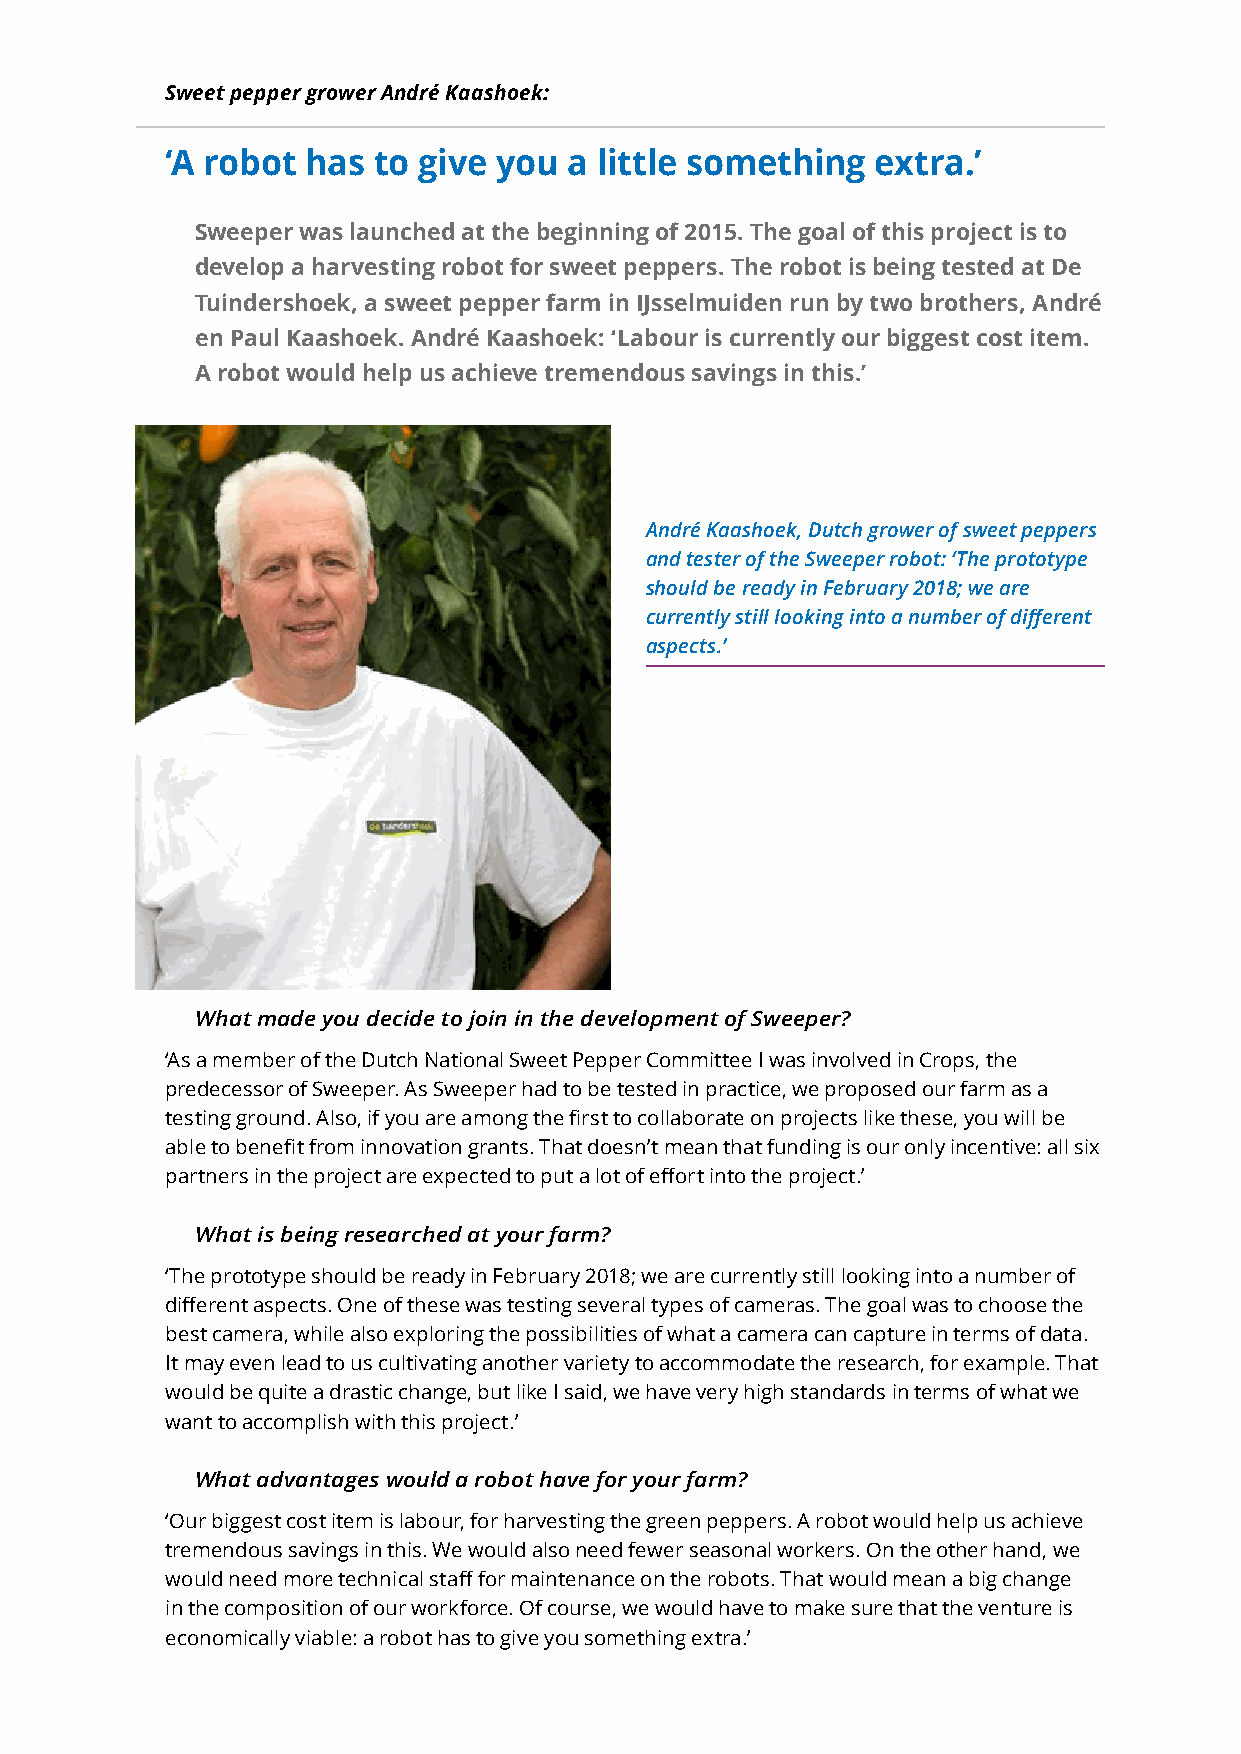
Sweet pepper grower André Kaashoek:
 ‘A robot has  to give you  a little something  extra.’
 Sweeper was launched at the beginning of 2015. The goal of this project is to
 develop a harvesting robot for sweet peppers. The robot is being tested at De
 Tuindershoek, a sweet pepper farm in IJsselmuiden run by two brothers, André
 en Paul Kaashoek. André Kaashoek: ‘Labour is currently our biggest cost item.
 A robot would help us achieve tremendous savings in this.’
 André Kaashoek, Dutch grower of sweet peppers
 and tester of the Sweeper robot: ‘The prototype
 should be ready in February 2018; we are
 currently still looking into a number of different
 aspects.’
 What made you decide to join in the development of Sweeper?
 ‘As a member of the Dutch National Sweet Pepper Committee I was involved in Crops, the
 predecessor of Sweeper. As Sweeper had to be tested in practice, we proposed our farm as a
 testing ground. Also, if you are among the first to collaborate on projects like these, you will be
 able to benefit from innovation grants. That doesn’t mean that funding is our only incentive: all six
 partners in the project are expected to put a lot of effort into the project.’
 What is being researched at your farm?
 ‘The prototype should be ready in February 2018; we are currently still looking into a number of
 different aspects. One of these was testing several types of cameras. The goal was to choose the
 best camera, while also exploring the possibilities of what a camera can capture in terms of data.
 It may even lead to us cultivating another variety to accommodate the research, for example. That
 would be quite a drastic change, but like I said, we have very high standards in terms of what we
 want to accomplish with this project.’
 What advantages would a robot have for your farm?
 ‘Our biggest cost item is labour, for harvesting the green peppers. A robot would help us achieve
 tremendous savings in this. We would also need fewer seasonal workers. On the other hand, we
 would need more technical staff for maintenance on the robots. That would mean a big change
 in the composition of our workforce. Of course, we would have to make sure that the venture is
 economically viable: a robot has to give you something extra.’